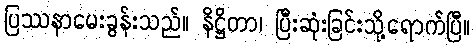
ပြဿနာမေးခွန်းသည်။ နိဋ္ဌိတာ၊ ပြီးဆုံးခြင်းသို့ရောက်ပြီ။